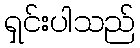
ရှင်းပါသည်